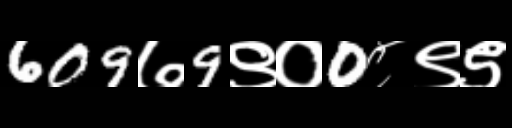
Text: 609७9९०0८९९